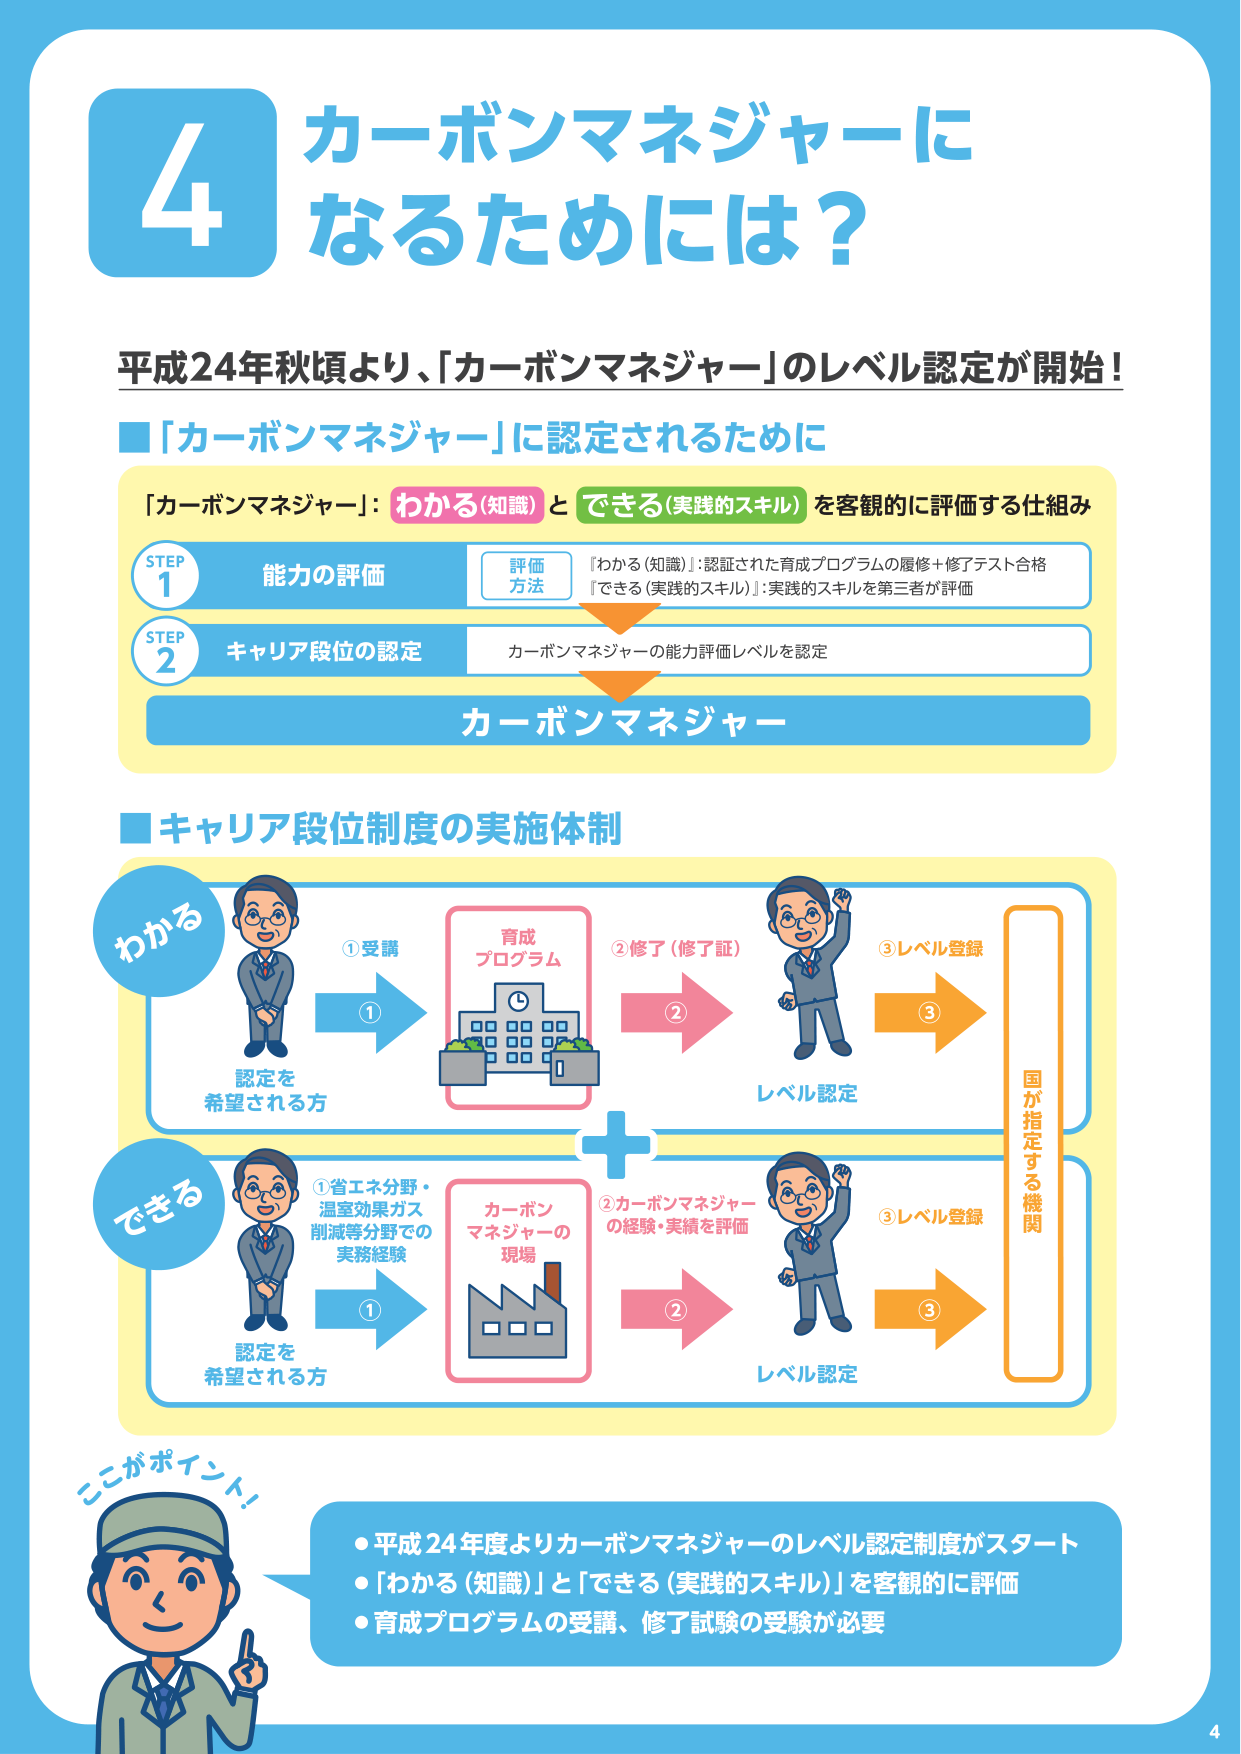
4 カーボンマネジャーに なるためには？

平成24年秋頃より、「カーボンマネジャー」のレベル認定が開始！

■「カーボンマネジャー」に認定されるために

「カーボンマネジャー」：わかる（知識）とできる（実践的スキル）を客観的に評価する仕組み

STEP 1 能力の評価
評価方法
『わかる（知識）』：認証された育成プログラムの履修＋修了テスト合格
『できる（実践的スキル）』：実践的スキルを第三者が評価

STEP 2 キャリア段位の認定
カーボンマネジャーの能力評価レベルを認定

カーボンマネジャー

■キャリア段位制度の実施体制

わかる
①受講
認定を希望される方
育成プログラム
②修了（修了証）
レベル認定
③レベル登録
国が指定する機関

できる
①省エネ分野・温室効果ガス削減等分野での実務経験
認定を希望される方
カーボンマネジャーの現場
②カーボンマネジャーの経験・実績を評価
レベル認定
③レベル登録

ここがポイント！
・平成24年度よりカーボンマネジャーのレベル認定制度がスタート
・「わかる（知識）」と「できる（実践的スキル）」を客観的に評価
・育成プログラムの受講、修了試験の受験が必要

4